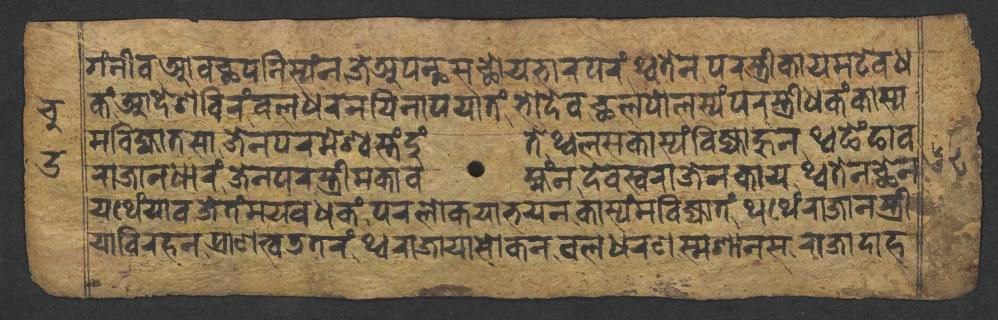
𑐐𑑄𑐣𑐷𑐰𑐁𑐰𑐕𑐥𑐣𑐶𑐳𑑂𑐫𑑄𑐣𑐖𑐾𑐀𑐥𑐣𑑂𑐠𑐳𑐕𑑀𑐫𑐨𑐵𑐬𑐥𑐬𑑄𑐠𑑂𑐰𑐟𑐾𑐣𑐥𑐬𑐳𑑂𑐟𑑂𑐬𑐷𑐎𑐵𑐫𑐩𑐚𑐾𑐰𑐢 𑐎𑑄𑐁𑐡𑐾𑐱𑐧𑐶𑐬𑑄𑐧𑐮𑐢𑐬𑐣𑐫𑐶𑐣𑐵𑐥𑐫𑐵𑐟𑑄𑐨𑑀𑐡𑐾𑐰𑐕𑐮𑐥𑑀𑐮𑐳𑑂𑐫𑑄𑐥𑐬𑐳𑑂𑐟𑑂𑐬𑐷𑐢𑐎𑑄𑐎𑐵𑐳𑑂𑐫 𑐩𑐧𑐶𑐖𑑂𑐫𑐵𑐟𑐳𑐵𑐖𑐾𑐣𑐥𑐬𑐩𑐾𑐱𑑂𑐰𑐳𑑂𑐟𑑄𑐡𑐸𑑄𑐟𑐾𑐠𑑂𑐰𑐮𑐳𑐎𑐵𑐳𑑂𑐫𑑄𑐧𑐶𑐖𑑂𑐫𑐵𑐴𑐸𑐣𑐠𑑂𑐰𑐒𑐾𑑄𑐒𑐵𑐰 𑐬𑐵𑐖𑐵𑐣𑐢𑐵𑐬𑑄𑐖𑐾𑐣𑐥𑐬𑐳𑑂𑐟𑑂𑐬𑐷𑐩𑐎𑐵𑐰𑐩𑑂𑐴𑑄𑐣𑐡𑐾𑐰𑐳𑑂𑐰𑐬𑐵𑐖𑐣𑐎𑐵𑐫𑐠𑑂𑐰𑐟𑐾𑐣𑐕𑐾𑐣 𑐫𑐠𑐾𑑄𑐫𑐵𑐰𑐖𑐾𑐟𑑄𑐩𑐫𑐰𑐢𑐎𑑄𑐥𑐬𑐮𑑀𑐎𑐫𑐵𑐨𑐫𑐣𑐎𑐵𑐳𑑂𑐫𑑄𑐩𑐧𑐶𑐖𑑂𑐫𑐵𑐟𑑄𑐠𑐠𑐾𑑄𑐬𑐵𑐖𑐵𑐣𑐳𑑂𑐟𑑂𑐬𑐷 𑐫𑐵𑐰𑐶𑐬𑐴𑐣𑐥𑑂𑐬𑐵𑐞𑐟𑑂𑐰𑐜𑐟𑐬𑑄𑐠𑑂𑐰𑐬𑐵𑐖𑐵𑐫𑐵𑐳𑑀𑐎𑐣𑐧𑐮𑐢𑐬𑐞𑐳𑑂𑐩𑐱𑐵𑐣𑐳𑐬𑐵𑐖𑐵𑐡𑐵𑐴